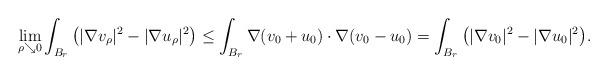
LaTeX: \begin{align*}\lim_{\rho\searrow0}\int_{ B_r } \big( |\nabla v_\rho|^2-|\nabla u_\rho|^2\big)\le \int_{ B_r } \nabla(v_0+u_0)\cdot\nabla(v_0-u_0)=\int_{ B_r } \big( |\nabla v_0|^2-|\nabla u_0|^2\big).\end{align*}